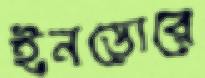
ইনডোরে